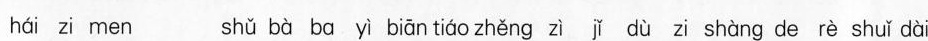
hái zi men shǔ bà ba yì biān tiáo zhěng zì jǐ dù zi shàng de rè shuǐ dài